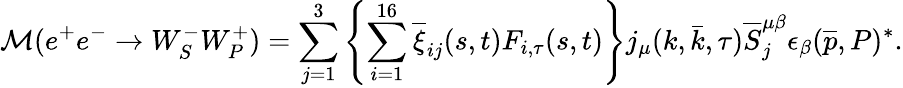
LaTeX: {\cal M}(e^{+}e^{-}\rightarrow W_{S}^{-}W_{P}^{+})=\sum_{j=1}^{3}\left\{ \sum_{i=1}^{16}\overline{{{\xi}}}_{ij}(s,t)F_{i,\tau}(s,t)\right\} j_{\mu}(k,\bar{k},\tau)\overline{{{S}}}_{j}^{\mu\beta}\epsilon_{\beta}(\overline{{{p}}},P)^{\ast}.